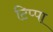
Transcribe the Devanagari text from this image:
टिप्पा